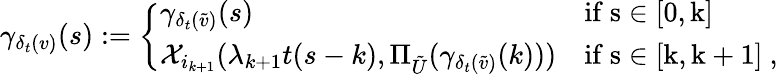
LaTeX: \gamma_{\delta_{t}(v)}(s):=\left\{ \begin{array}{ll}{\gamma_{\delta_{t}(\tilde{v})}(s)}&{\mathrm{if~s\in[0,k]~}}\\ {\mathcal{X}_{i_{k+1}}(\lambda_{k+1}t(s-k),\Pi_{{\tilde{U}}}(\gamma_{\delta_{t}(\tilde{v})}(k)))}&{\mathrm{if~s\in[k,k+1]~,}}\end{array}\right.